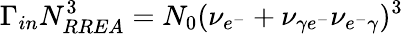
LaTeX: \Gamma_{in}N_{RREA}^{3}=N_{0}(\nu_{e^{-}}+\nu_{\gamma e^{-}}\nu_{e^{-}\gamma})^{3}